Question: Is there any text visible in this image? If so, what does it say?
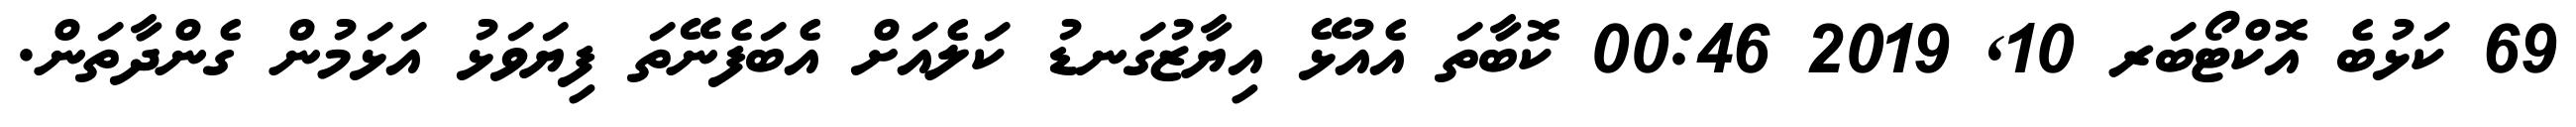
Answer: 69 ކަޅުބެ އޮކްޓޯބަރ 10, 2019 00:46 ކޮބާތަ އެއުޅޭ އިޔާޒުގަނޑު ކަލެއަށް އެބަފެނޭތަ ފިޔަވަޅު އަޅަމުން ގެންދާތަން.